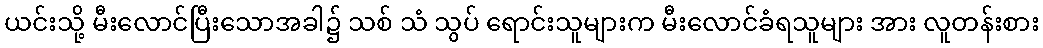
ယင်းသို့ မီးလောင်ပြီးသောအခါ၌ သစ် သံ သွပ် ရောင်းသူများက မီးလောင်ခံရသူများ အား လူတန်းစား